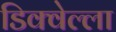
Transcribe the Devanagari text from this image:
डिक्वेल्ला